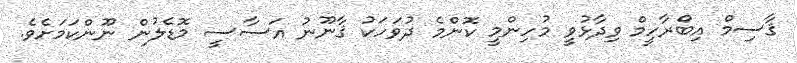
ޤާސިމް އިބްރާހީމް ވިދާޅުވީ މުހިންމީ ކޮންމެ ދުވަހަކު ޤާނޫނު އަސާސީ މޮޑެލުން ނޫންކަމަށެވެ.